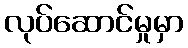
လုပ်ဆောင်မှုမှာ